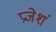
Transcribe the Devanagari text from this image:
प्रजेशं